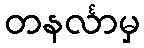
တနင်္လာမှ